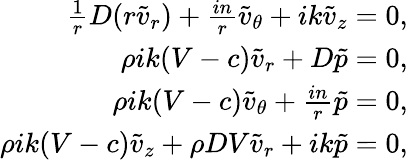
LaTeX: \begin{array}{r}{\frac{1}{r}D(r\tilde{v}_{r})+\frac{in}{r}\tilde{v}_{\theta}+ik\tilde{v}_{z}=0,}\\ {\rho ik(V-c)\tilde{v}_{r}+D\tilde{p}=0,}\\ {\rho ik(V-c)\tilde{v}_{\theta}+\frac{in}{r}\tilde{p}=0,}\\ {\rho ik(V-c)\tilde{v}_{z}+\rho DV\tilde{v}_{r}+ik\tilde{p}=0,}\end{array}